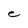
Character: C